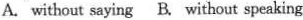
A. without saying B. Without speaking